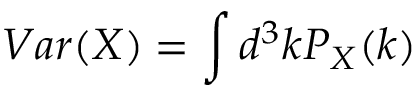
V a r ( X ) = \int d ^ { 3 } k P _ { X } ( \boldsymbol { k } )